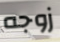
زوجه